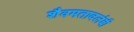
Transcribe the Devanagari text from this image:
शैवमतावलंबी